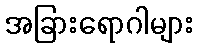
အခြားရောဂါများ